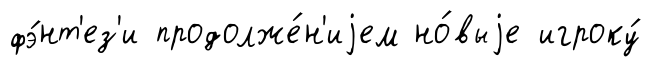
фэ́нт'ез'и продолже́н'иjем но́выjе игроку́